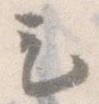
も